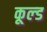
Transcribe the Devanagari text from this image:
कूल्‍ड